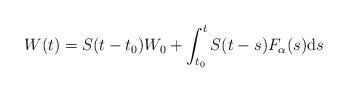
LaTeX: \begin{align*} W(t) = S(t-t_0) W_0 + \int_{t_0}^{t} S(t-s) F_{\alpha}(s){\rm d}s\end{align*}